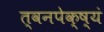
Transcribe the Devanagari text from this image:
त्वनपेक्ष्यं